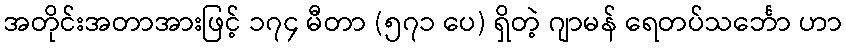
အတိုင်းအတာအားဖြင့် ၁၇၄ မီတာ (၅၇၁ ပေ) ရှိတဲ့ ဂျာမန် ရေတပ်သင်္ဘော ဟာ